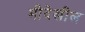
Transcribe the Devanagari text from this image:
मीदेखील